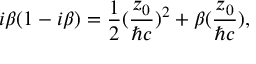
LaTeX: i { \beta } ( 1 - i { \beta } ) = \frac { 1 } { 2 } ( \frac { z _ { 0 } } { { \hbar } c } ) ^ { 2 } + { \beta } ( \frac { z _ { 0 } } { { \hbar } c } ) ,